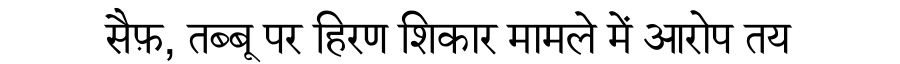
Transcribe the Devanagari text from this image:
सैफ़, तब्बू पर हिरण शिकार मामले में आरोप तय